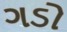
ગડો